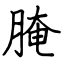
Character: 腌